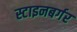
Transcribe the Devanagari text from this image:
स्टाइनबर्गर